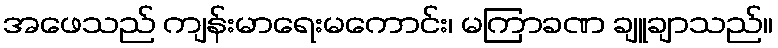
အဖေသည် ကျန်းမာရေးမကောင်း၊ မကြာခဏ ချူချာသည်။